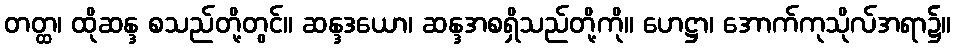
တတ္ထ၊ ထိုဆန္ဒ စသည်တို့တွင်။ ဆန္ဒဒယော၊ ဆန္ဒအစရှိသည်တို့ကို။ ဟေဋ္ဌာ၊ အောက်ကုသိုလ်အရာ၌။